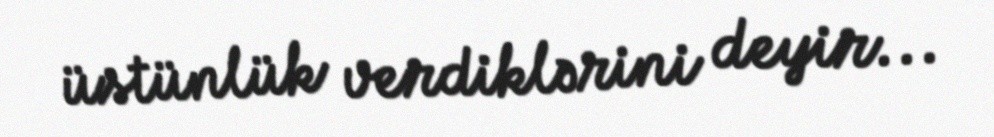
üstünlük verdiklərini deyir...